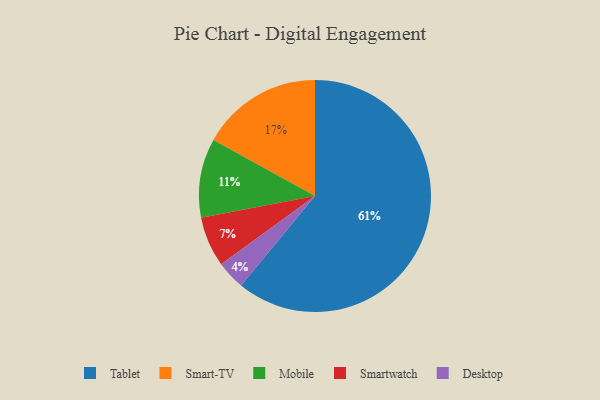
{"axis": {"x": "Category", "y": "Percentage"}, "legend": ["Desktop", "Mobile", "Smart-TV", "Smartwatch", "Tablet"], "data": [{"x": "Smartwatch", "y": 7, "type": "Smartwatch"}, {"x": "Desktop", "y": 4, "type": "Desktop"}, {"x": "Smart-TV", "y": 17, "type": "Smart-TV"}, {"x": "Mobile", "y": 11, "type": "Mobile"}, {"x": "Tablet", "y": 61, "type": "Tablet"}]}